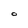
Character: O